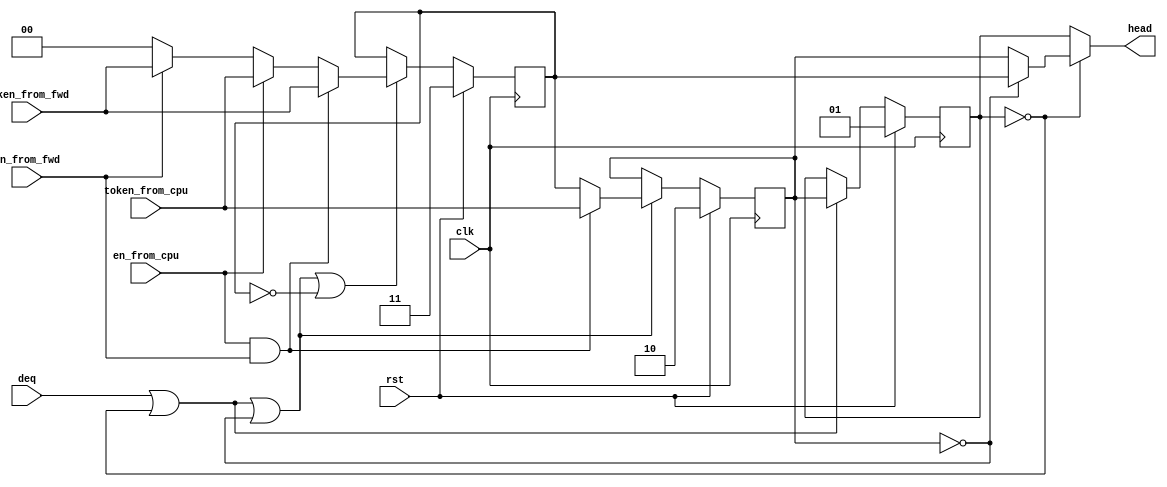
`timescale 1ns / 1ps

/*

snqueue.v

Implements a queue for the snooper module. This is one of the three queues used in
pingpangpungcontroller.v (refer to that file for details) 

*/


module snqueue (
	input wire clk,
	input wire rst,

	input wire [1:0] token_from_cpu,
	input wire en_from_cpu,
	input wire [1:0] token_from_fwd,
	input wire en_from_fwd,
	input wire deq,
	
	output wire [1:0] head
);

reg [1:0] first = 2'b01, second = 2'b10, third = 2'b11;
wire [1:0] first_n, second_n, third_n;

wire [1:0] incoming;
assign incoming = (en_from_cpu) ? token_from_cpu : ((en_from_fwd) ? token_from_fwd : 0);

assign first_n = second;
assign second_n = (en_from_cpu && en_from_fwd) ? token_from_cpu : third;
assign third_n = (en_from_cpu && en_from_fwd) ? token_from_fwd : incoming;

always @(posedge clk) begin
	if (rst) begin
		first = 2'b01;
		second = 2'b10;
		third = 2'b11;
	end else begin
		//This feels like it can be optimized somehow...
		if (deq || (first == 0)) begin
			first <= first_n;
		end
		if (deq || (first == 0) || (second == 0)) begin
			second <= second_n;
		end
		if (deq || (first == 0) || (second == 0) || (third == 0)) begin
			third <= third_n;
		end
	end
end

//Output
assign head = (first == 0) ? ((second == 0) ? third : second) : first;

endmodule